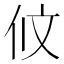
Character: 𠇥